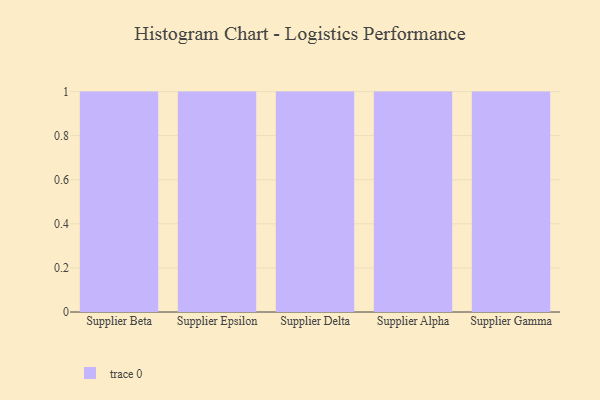
{"axis": {"x": "Supplier", "y": "Production Output"}, "legend": [""], "data": [{"x": "Supplier Beta", "y": 4, "type": ""}, {"x": "Supplier Epsilon", "y": 45, "type": ""}, {"x": "Supplier Delta", "y": 14, "type": ""}, {"x": "Supplier Alpha", "y": 13, "type": ""}, {"x": "Supplier Gamma", "y": 86, "type": ""}]}